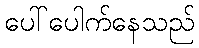
ပေါ်ပေါက်နေသည်